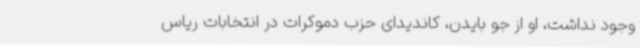
وجود نداشت، او از جو بایدن، کاندیدای حزب دموکرات در انتخابات ریاس